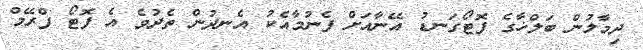
ދިމާލުން ބަލްޚާގެ ފޮޓޯގަނޑު އޭނާއަށް ފެނުމާއެކު އެނދުން ތެދުވެ އެ ފޮޓޯ ފްރޭމް